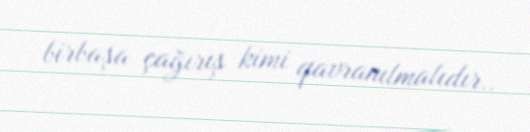
birbaşa çağırış kimi qavranılmalıdır..